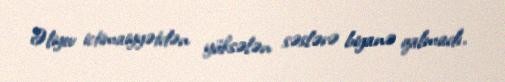
Əliyev ictimaiyyətdən yüksələn səslərə biganə qalmadı.